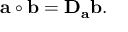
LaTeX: \mathbf { a } \circ \mathbf { b } = \mathbf { D } _ { \mathbf { a } } \mathbf { b } .